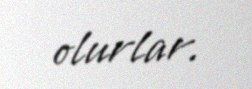
olurlar.